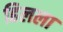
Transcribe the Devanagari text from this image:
हिलला